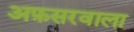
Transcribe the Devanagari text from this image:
अफ़सरवाला